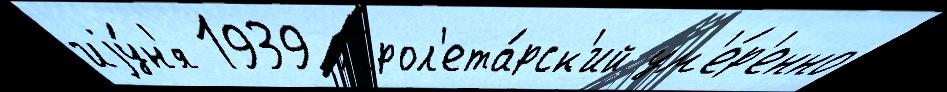
иjу́н'я 1939 Прол'ета́рск'ий ум'е́р'енно